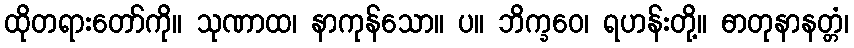
ထိုတရားတော်ကို။ သုဏာထ၊ နာကုန်သော။ ပ။ ဘိက္ခဝေ၊ ရဟန်းတို့။ ဓာတုနာနတ္တံ၊